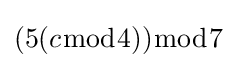
(5(c{\bmod {4}})){\bmod {7}}